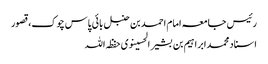
رئیس جامعہ امام احمد بن حنبل بائی پاس چوک،قصور
اسناد محمدابراہیم بن بشیر الحسینوی حفظہ اللہ